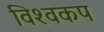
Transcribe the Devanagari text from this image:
विश्‍वकप